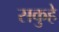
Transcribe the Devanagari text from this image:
सकुहे